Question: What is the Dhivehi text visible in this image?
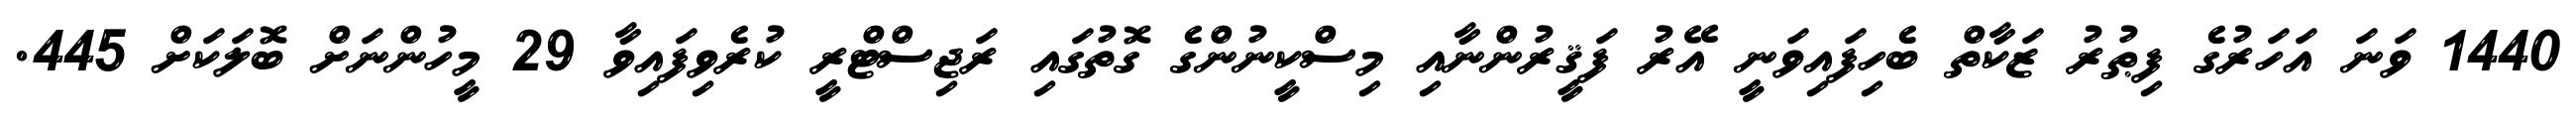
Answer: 1440 ވަނަ އަހަރުގެ ފިޠުރު ޒަކާތް ބެހިފައިވަނީ އޭރު ފަޤީރުންނާއި މިސްކީނުންގެ ގޮތުގައި ރަޖިސްޓްރީ ކުރެވިފައިވާ 29 މީހުންނަށް ބޮލަކަށް 445.